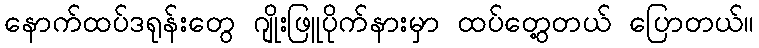
နောက်ထပ်ဒရုန်းတွေ ဂျိုးဖြူပိုက်နားမှာ ထပ်တွေ့တယ် ပြောတယ်။